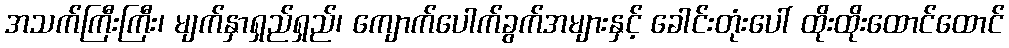
အသက်ကြီးကြီး၊ မျက်နှာရှည်ရှည်၊ ကျောက်ပေါက်ခွက်အများနှင့် ခေါင်းတုံးပေါ် ထိုးထိုးထောင်ထောင်